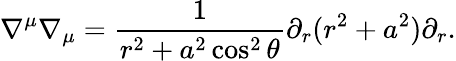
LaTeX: \nabla^{\mu}\nabla_{\mu}=\frac 1{r^{2}+a^{2}\cos^{2}\theta}\partial_{r}(r^{2}+a^{2})\partial_{r}.